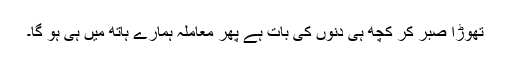
تھوڑا صبر کر کچھ ہی دنوں کی بات ہے پھر معاملہ ہمارے ہاتھ میں ہی ہو گا۔